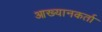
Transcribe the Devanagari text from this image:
आख्यानकर्ता